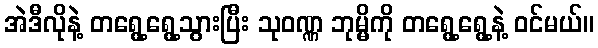
အဲဒီလိုနဲ့ တရွေ့ရွေ့သွားပြီး သုဝဏ္ဏ ဘုမ္မိကို တရွေ့ရွေ့နဲ့ ဝင်မယ်။